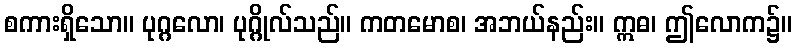
စကားရှိသော။ ပုဂ္ဂလော၊ ပုဂ္ဂိုလ်သည်။ ကတမောစ၊ အဘယ်နည်း။ ဣဓ၊ ဤလောက၌။